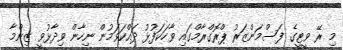
މި ރޭ ވީޓީގެ ފަސްމަންޒަރު ޕްރޮގްރާމްގައި ވާހަކަފުޅު ދައްކަވަމުން ނިހާން ވިދާޅުވީ ޒިންމާ